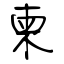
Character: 柬